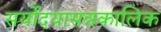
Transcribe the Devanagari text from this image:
सर्योदयासन्नकालिक